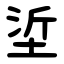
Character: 垽